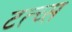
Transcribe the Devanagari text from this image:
टत्च्स